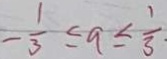
- \frac { 1 } { 3 } \leq a \leq \frac { 1 } { 3 } \cdot